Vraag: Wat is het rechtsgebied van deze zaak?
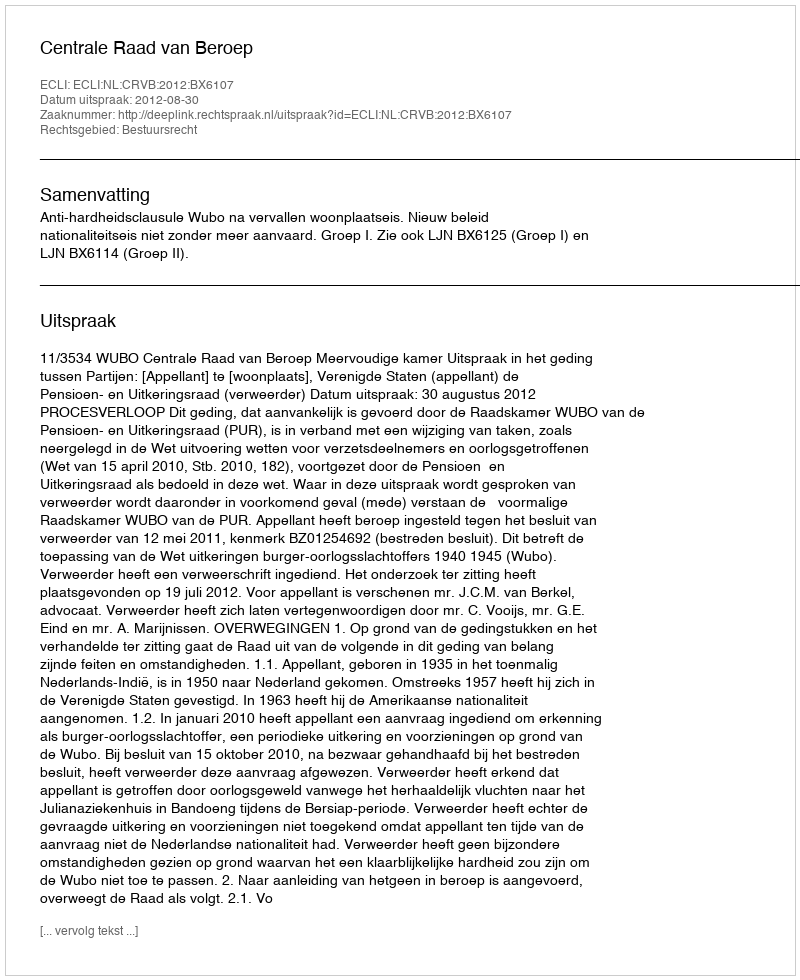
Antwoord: Bestuursrecht